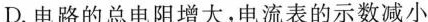
D.电路的总电阻增大，电流表的示数减小